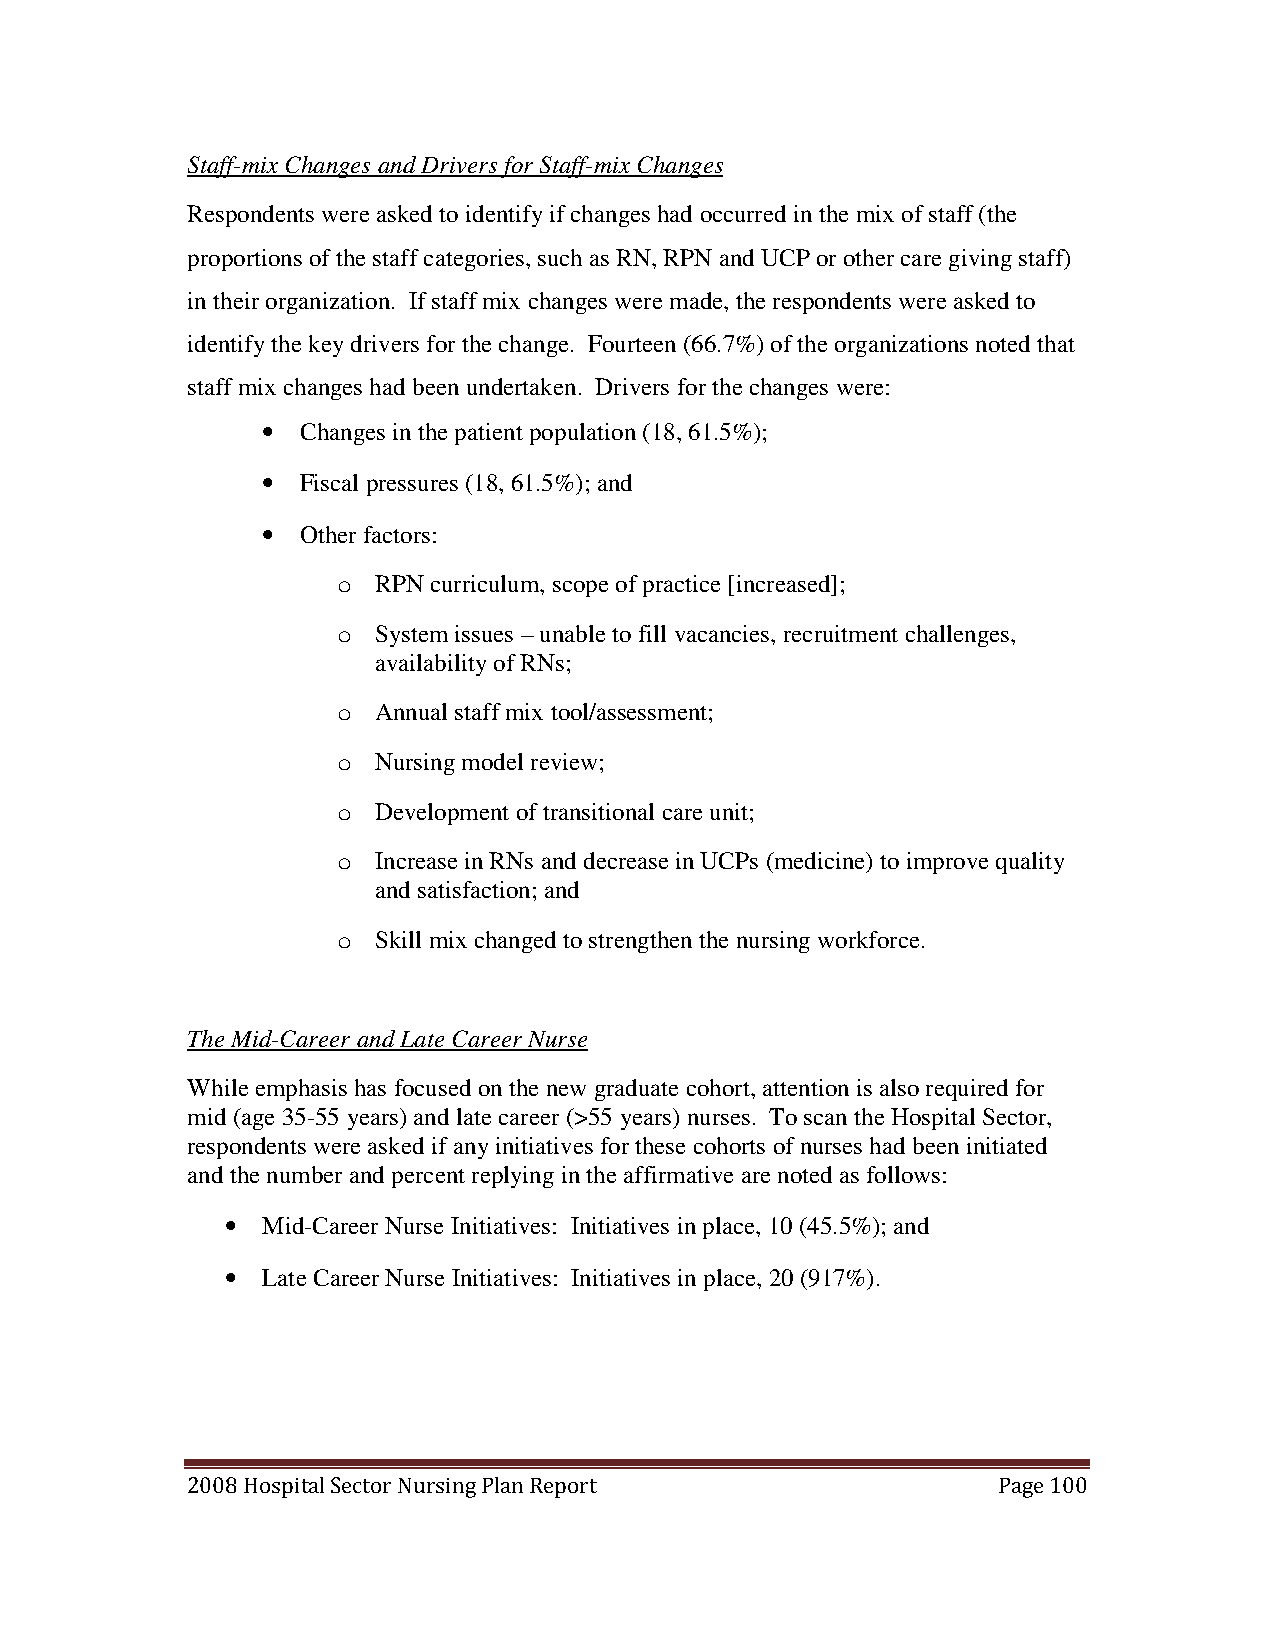
Staff-mix Changes and Drivers for Staff-mix Changes
 Respondents were asked to identify if changes had occurred in the mix of staff (the
 proportions of the staff categories, such as RN, RPN and UCP or other care giving staff)
 in their organization. If staff mix changes were made, the respondents were asked to
 identify the key drivers for the change. Fourteen (66.7%) of the organizations noted that
 staff mix changes had been undertaken. Drivers for the changes were:
 •  Changes in the patient population (18, 61.5%);
 •  Fiscal pressures (18, 61.5%); and
 •  Other factors:
 o  RPN curriculum, scope of practice [increased];
 o  System issues – unable to fill vacancies, recruitment challenges,
 availability of RNs;
 o  Annual staff mix tool/assessment;
 o  Nursing model review;
 o  Development of transitional care unit;
 o  Increase in RNs and decrease in UCPs (medicine) to improve quality
 and satisfaction; and
 o  Skill mix changed to strengthen the nursing workforce.
 The Mid-Career and Late Career Nurse
 While emphasis has focused on the new graduate cohort, attention is also required for
 mid (age 35-55 years) and late career (>55 years) nurses. To scan the Hospital Sector,
 respondents were asked if any initiatives for these cohorts of nurses had been initiated
 and the number and percent replying in the affirmative are noted as follows:
 • Mid-Career Nurse Initiatives: Initiatives in place, 10 (45.5%); and
 • Late Career Nurse Initiatives: Initiatives in place, 20 (917%).
 2008 Hospital Sector Nursing Plan Report              Page 100